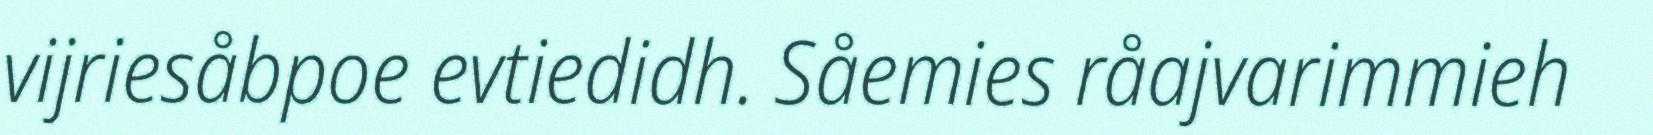
vijriesåbpoe evtiedidh. Såemies råajvarimmieh